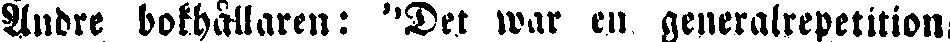
Andre bokhållaren: "Det war en generalrepetition-